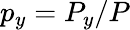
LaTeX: p_{y}=P_{y}/P